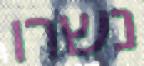
נשרו